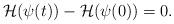
LaTeX: \begin{align*} \mathcal H(\psi(t)) - \mathcal H(\psi(0)) = 0.\end{align*}